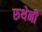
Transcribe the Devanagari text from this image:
रुथेनी